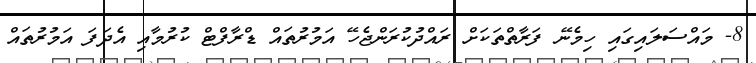
8- މައްސަލައިގައި ހިމެނޭ ފަރާތްތަކަށް ރައްދުކުރަންޖެހޭ އަމުރުތައް ޑްރާފްޓް ކުރުމާއި އެދަފަ އަމުރުތައް